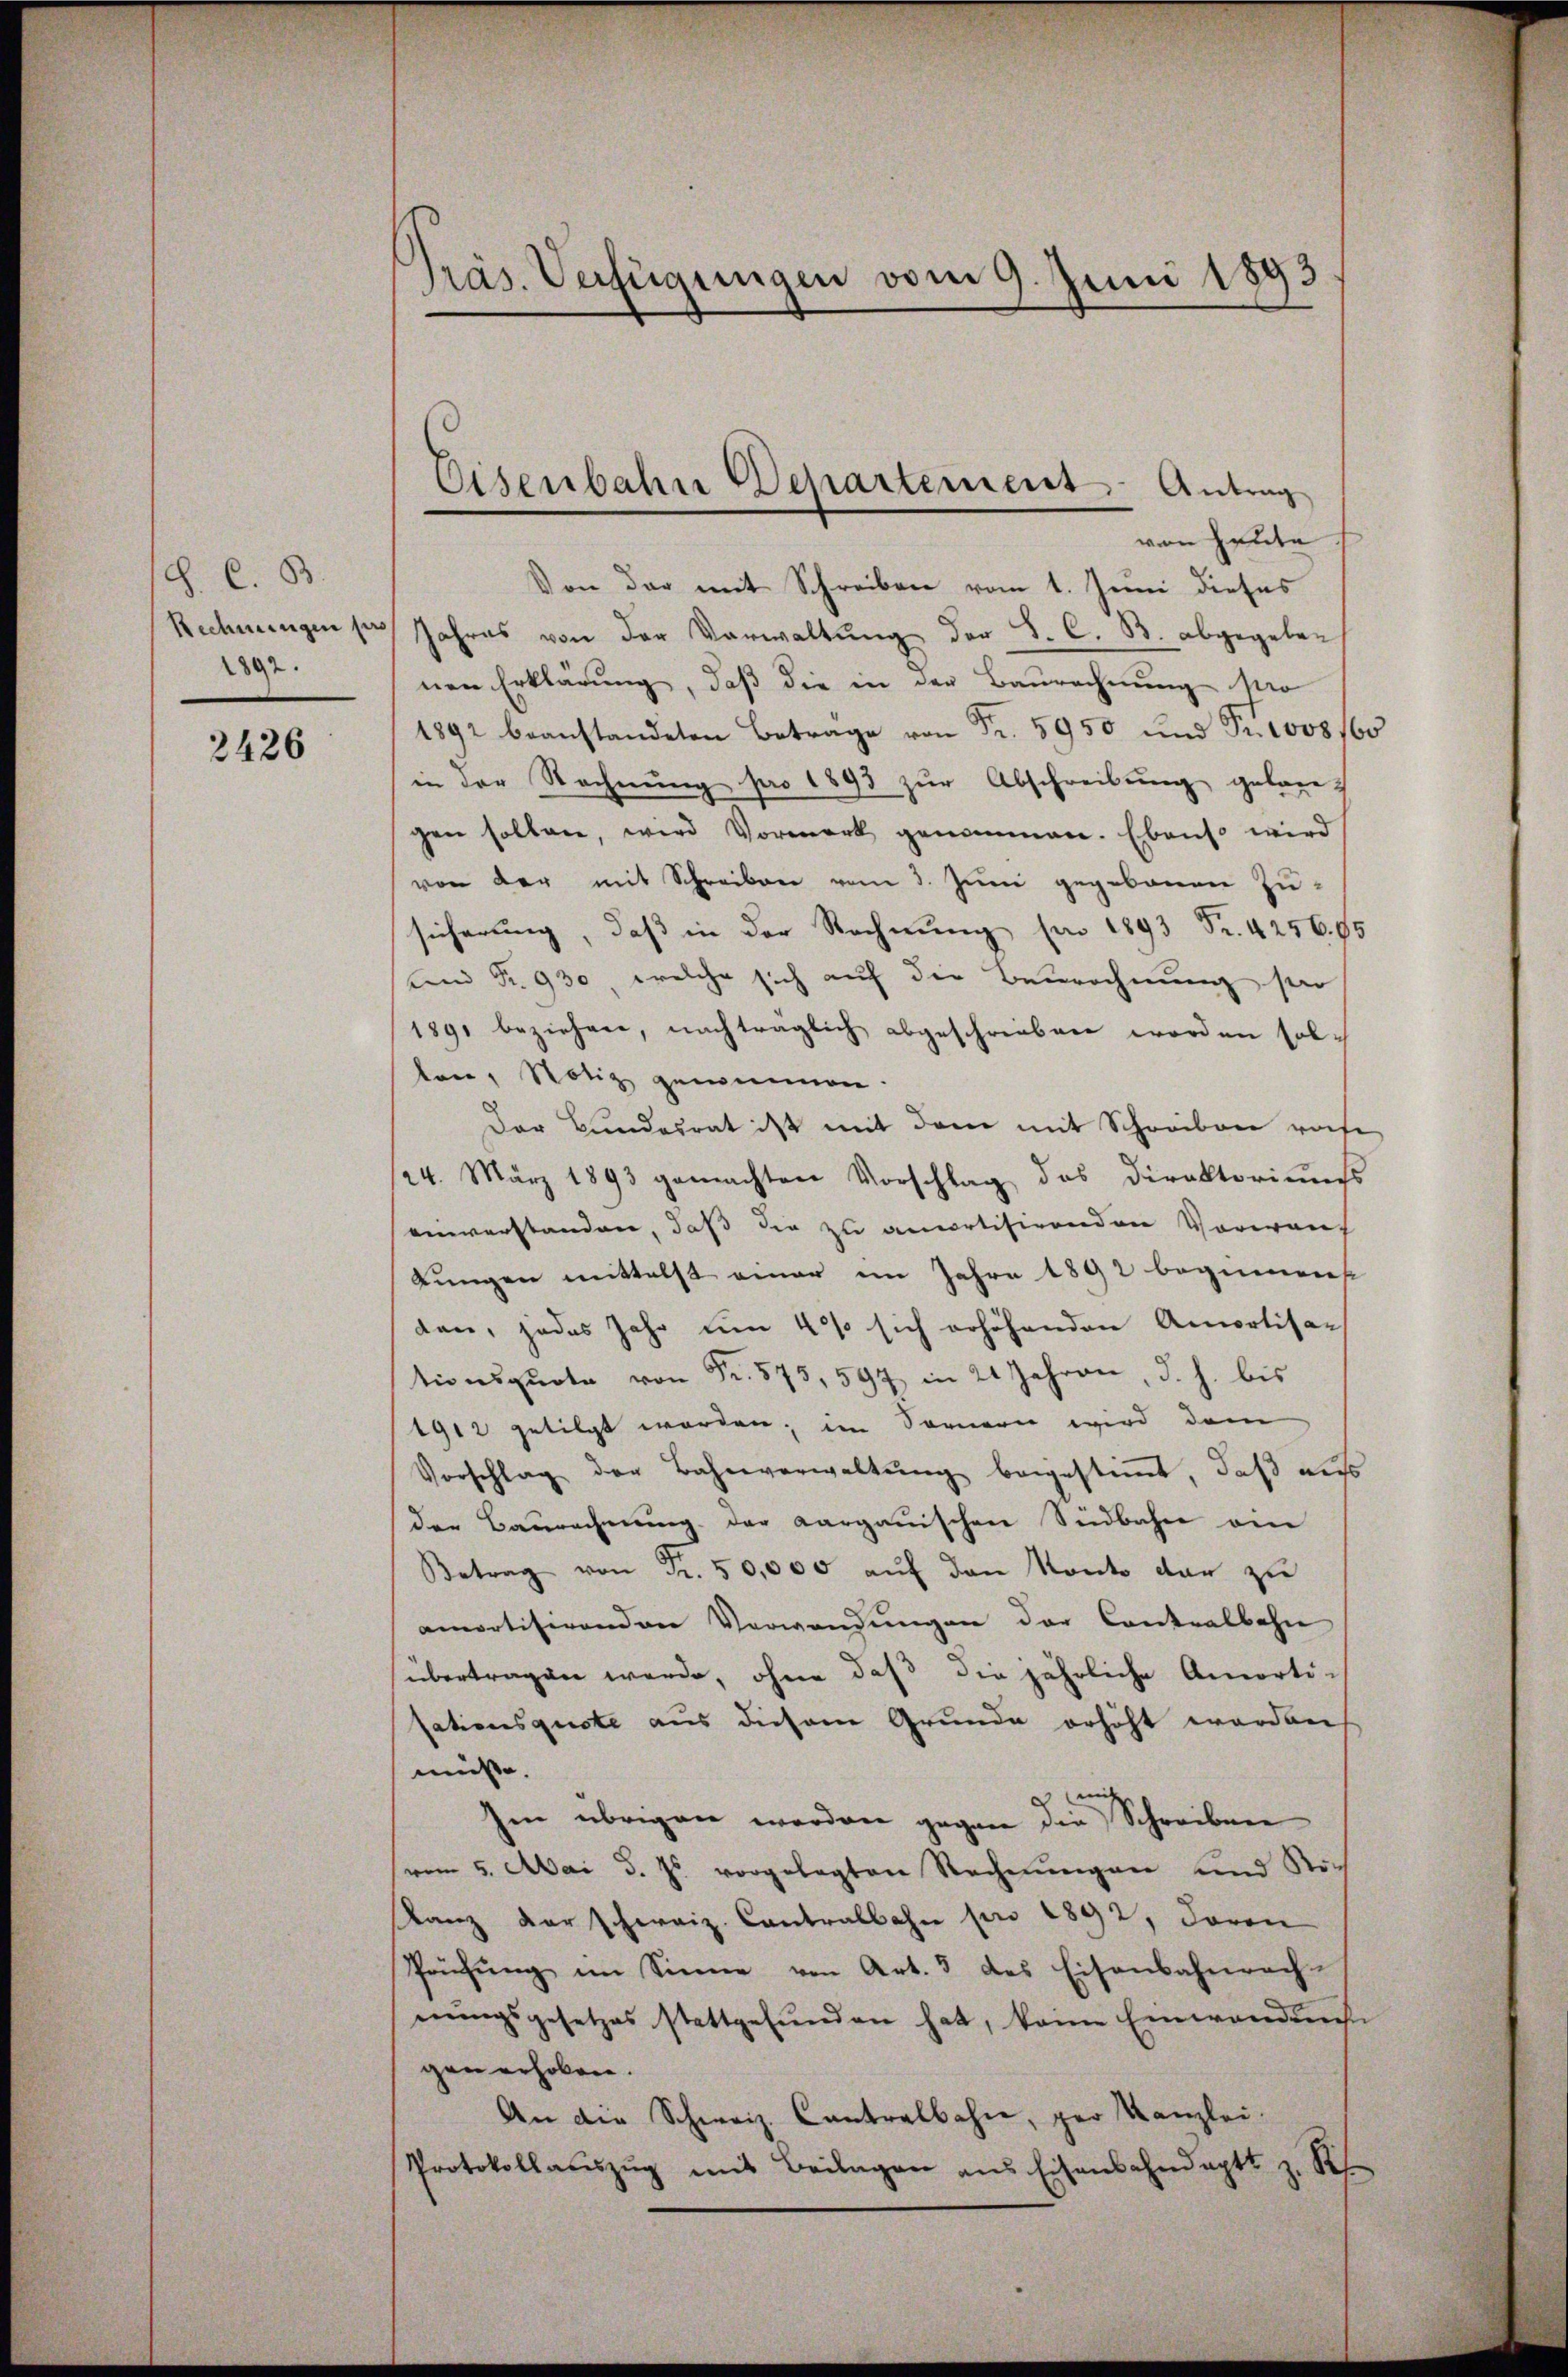
J. C. B.
Rechnungen pro
2897.

2426

Präs. Verfügungen vom 9. Juni 1893

Eisenbahn Departement Antrag
von Heute

Von der mit Schreiben vom 1. Juni dieses
Jahres von der Verwaltŭng der S. C. B. abgegebenen Erklärung, daß die in der Baurechnung vo
1892 beanstandeten Betrage von Fr. 5950 und Pr1005/60
in der Rechnung pro 1893 zur Abschreibung gelan
gen sollen, wird Vormerk genommen. Ebenso wird
von der mit Schreiben vom 3. Juni gegebenen Zusicherung, daß in der Rechnung von 1893 Fr. 4256.95
und Fr. 930, welche sich auf die Beurechnung sei
189. beziehen, nachträglich abgeschrieben worden sollon, Notiz genommen.
Der Bundesrat ist mit dem mit Schreiben rohe
124. März 1893 gemachten Vorschlag des Direktoriŭms
einverstanden, daß die zu ancortisirenden Voreang
Lungen mittelst einer im Jahre 1892 beginnen
den, jedes Jahr um 40% sich erhöhenden Amortisa-
tionsquote von Fr. 573, 597 in 21 Jahren, d. h. bis
1912 getilgt worden; im Sonnern wird dem
Vorschlag der Bahnverwaltŭng beigestiṁt, daβ aŭs
der Baurechnung der Aargauischen Südbahn am
Betrag von Fr. 50,000 aŭf den Konto dar zu
amortisirenden Verwendungen der Contralbahn
übertragen werde, ohne daβ die jährliche Amorti-
sationsquote aus diesem Grunde erhöht worden
müsse.
.
Ien übrigen worden gegen die Schreiben
vom 5. Mai d. Js. vorgelegten Rechnŭngen und Rö-
lanz der schweiz. Contralbahn pro 1892, Baron
Prüfung im Sinne von Art. 3 des Eisenbahnrach-
nŭngsgesetzes stattgefŭnden hat, keine Einwandens
gen erhoben.
An die Schweiz. Cantralbahn, per Kanzlei.
Protokollaŭszŭg mit Beilagen ans Eisenbahndaptt z. R.